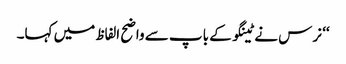
‘‘ نرس نے ٹینگو کے باپ سے واضح الفاظ میں کہا۔